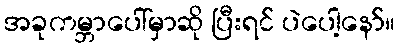
အခုကမ္ဘာပေါ်မှာဆို ပြီးရင် ပဲပေါ့နော်။